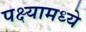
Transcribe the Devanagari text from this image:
पक्ष्यामध्ये